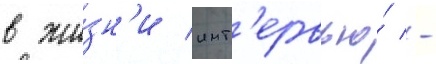
в жи́зн'и инт'ервью́ -